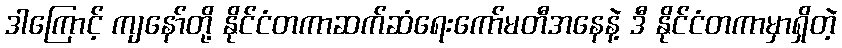
ဒါကြောင့် ကျနော်တို့ နိုင်ငံတကာဆက်ဆံရေးကော်မတီအနေနဲ့ ဒီ နိုင်ငံတကာမှာရှိတဲ့